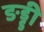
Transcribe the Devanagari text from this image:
ङड्डी